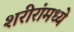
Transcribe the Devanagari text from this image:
शरीरांमध्ये